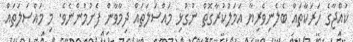
ކުއްޖާގެ ހަރަކާތައް ބެލެނިވެރިޔާ އަމަލުކުރާގޮތް ނުގުޅި މައްސަލަތައް ދިމާވާން ފެށުމުންނެވެ. މި މައްސަލަތައް